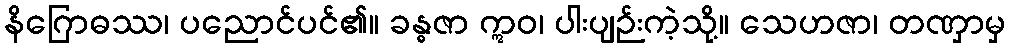
နိဂြောဓဿ၊ ပညောင်ပင်၏။ ခန္ဓဇာ ဣဝ၊ ပါးပျဉ်းကဲ့သို့။ သေဟဇာ၊ တဏှာမှ